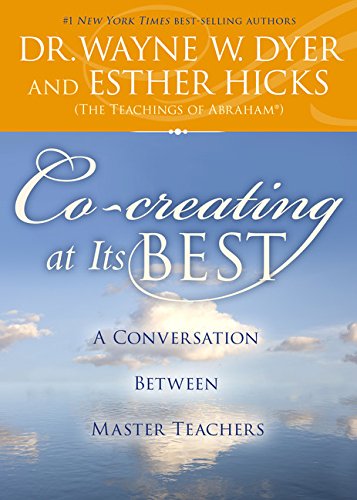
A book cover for Co-creating at Its Best: A Conversation Between Master Teachers; Dr. Wayne W. Dyer; Religion & Spirituality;